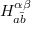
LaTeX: H _ { a { \bar { b } } } ^ { \alpha \beta }